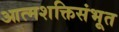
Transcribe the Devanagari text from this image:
आत्मशक्तिसंभूत